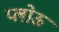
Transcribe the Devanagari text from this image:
प्लोऊ